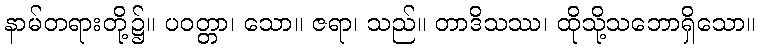
နာမ်တရားတို့၌။ ပဝတ္တာ၊ သော။ ဇရာ၊ သည်။ တာဒိသဿ၊ ထိုသို့သဘောရှိသော။